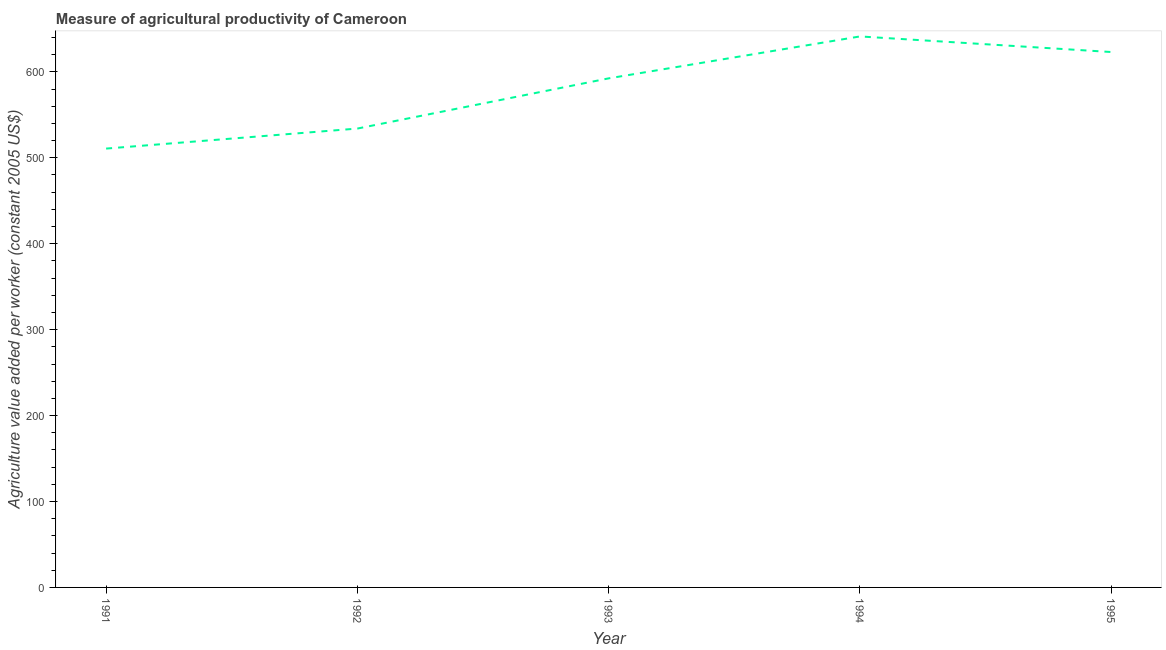
| Year | Agriculture value added per worker |
 | --- | --- |
 | 1991 | 511 |
 | 1992 | 534 |
 | 1993 | 592 |
 | 1994 | 641 |
 | 1995 | 623 |